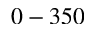
0 - 3 5 0